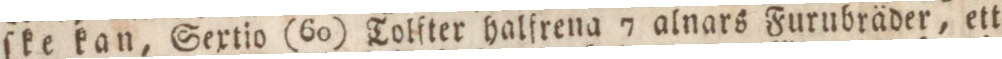
ſke kan, Sextio (60) Tolſter halfrena 7 alnars Furubräder, ett